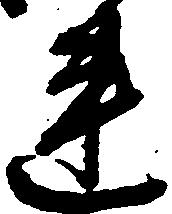
連